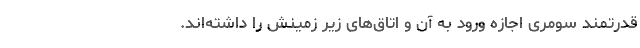
قدرتمند سومری اجازه‌ ورود به آن و اتاق‌های زیر زمینش را داشته‌اند.